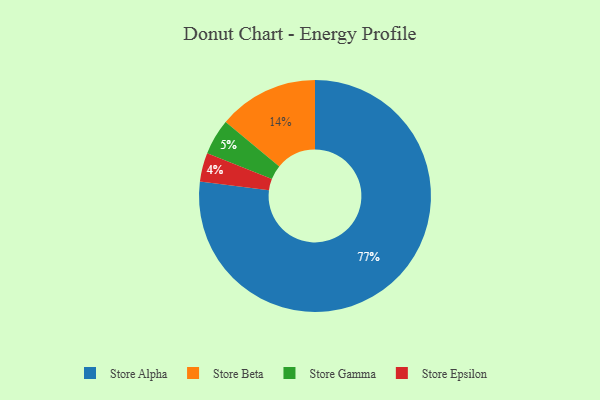
{"axis": {"x": "Category", "y": "Percentage"}, "legend": ["Store Alpha", "Store Beta", "Store Epsilon", "Store Gamma"], "data": [{"x": "Store Epsilon", "y": 4, "type": "Store Epsilon"}, {"x": "Store Gamma", "y": 5, "type": "Store Gamma"}, {"x": "Store Alpha", "y": 77, "type": "Store Alpha"}, {"x": "Store Beta", "y": 14, "type": "Store Beta"}]}